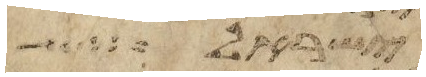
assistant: ישראל